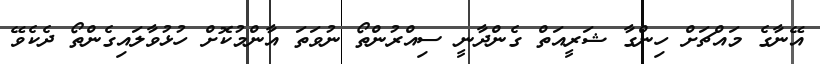
އޭނާގެ މައްޗަށް ހިންގާ ޝަރީއަތް ގެންދާނީ ސިއްރުންތޯ ނުވަތަ އާންމުކޮށް ހުޅުވާލައިގެންތޯ ދެކެވޭ